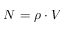
N = \rho \cdot V